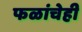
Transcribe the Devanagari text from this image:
फळांचेही